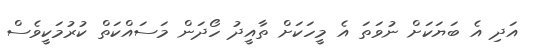
އަދި އެ ބަޔަކަށް ނުވަތަ އެ މީހަކަށް ތާއީދު ހޯދަން މަސައްކަތް ކުރުމަކީވެސް